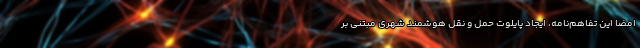
امضا این تفاهم‌نامه، ایجاد پایلوت حمل و نقل هوشمند شهری مبتنی بر